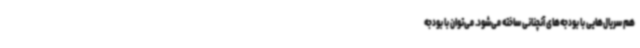
هم سریال‌هایی با بودجه‌های آنچنانی ساخته می‌شود. می‌توان با بودجه